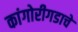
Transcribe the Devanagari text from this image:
कांगोरीगडाचे